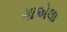
ગાએલા